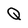
Character: Q